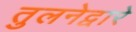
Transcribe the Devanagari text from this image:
तुलनेद्वारे